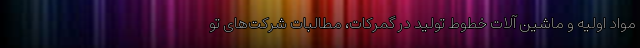
مواد اولیه و ماشین آلات خطوط تولید در گمرکات، مطالبات شرکت‌های تو